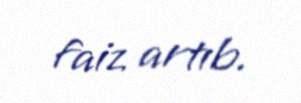
faiz artıb.